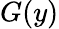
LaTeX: G(y)